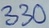
Text: 330